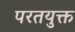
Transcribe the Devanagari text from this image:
परतयुक्त